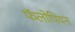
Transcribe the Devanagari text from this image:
फॅलोपियन